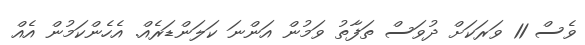
ވެސް 11 ވަރަކަށް ދުވަސް ތަފާތު ވަމުން އަންނަ ކަލަންޑަރެއް. އެހެންކަމުން އެއް